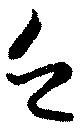
乏